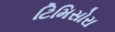
ટિમિસોરા